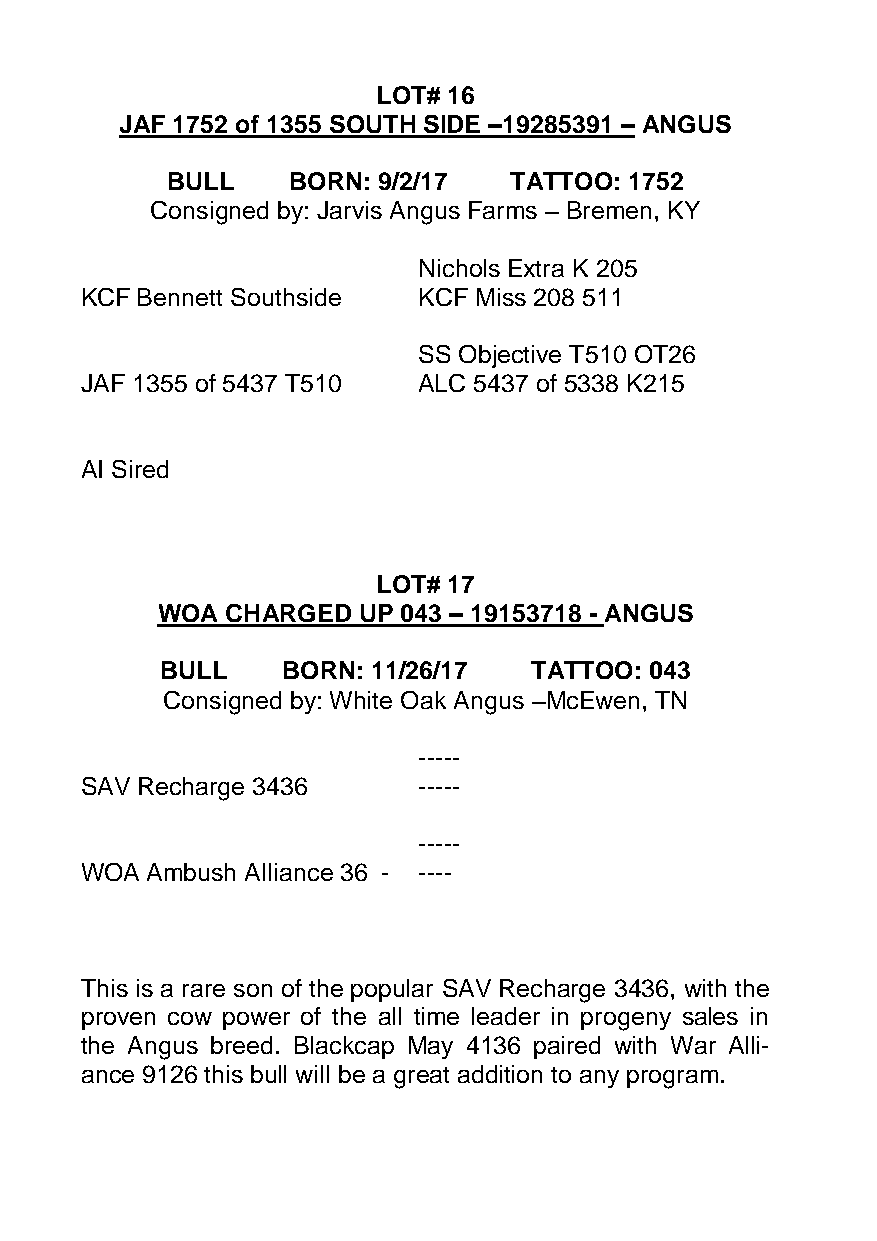
LOT# 16
 JAF 1752 of 1355 SOUTH SIDE –19285391 – ANGUS
 BULL    BORN: 9/2/17   TATTOO: 1752
 Consigned by: Jarvis Angus Farms – Bremen, KY
 Nichols Extra K 205
 KCF Bennett Southside  KCF Miss 208 511
 SS Objective T510 OT26
 JAF 1355 of 5437 T510  ALC 5437 of 5338 K215
 AI Sired
 LOT# 17
 WOA  CHARGED  UP 043 – 19153718 - ANGUS
 BULL    BORN: 11/26/17  TATTOO: 043
 Consigned by: White Oak Angus –McEwen, TN
 -----
 SAV Recharge 3436      -----
 -----
 WOA  Ambush Alliance 36 - ----
 This is a rare son of the popular SAV Recharge 3436, with the
 proven cow power of the all time leader in progeny sales in
 the Angus breed. Blackcap May 4136 paired with War Alli-
 ance 9126 this bull will be a great addition to any program.